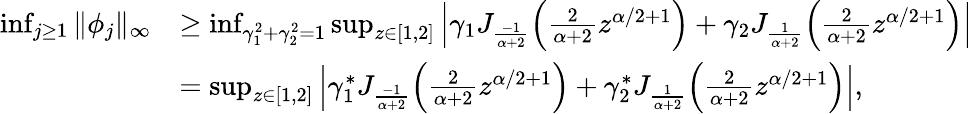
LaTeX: \begin{array}{rl}{\operatorname*{inf}_{j\geq 1}\| \phi_{j}\| _{\infty}}&{\geq\operatorname*{inf}_{\gamma_{1}^{2}+\gamma_{2}^{2}=1}\operatorname*{sup}_{z\in[1,2]}\left|\gamma_{1}J_{\frac{-1}{\alpha+2}}\Big(\frac{2}{\alpha+2}z^{\alpha/2+1}\Big)+\gamma_{2}J_{\frac{1}{\alpha+2}}\Big(\frac{2}{\alpha+2}z^{\alpha/2+1}\Big)\right|}\\ &{=\operatorname*{sup}_{z\in[1,2]}\left|\gamma_{1}^{*}J_{\frac{-1}{\alpha+2}}\Big(\frac{2}{\alpha+2}z^{\alpha/2+1}\Big)+\gamma_{2}^{*}J_{\frac{1}{\alpha+2}}\Big(\frac{2}{\alpha+2}z^{\alpha/2+1}\Big)\right|,}\end{array}